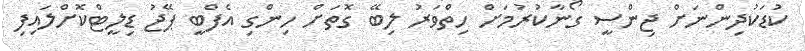
ކުޑަކުދިންނަށް ޖިންސީ ގޯނާކުރުމަށް ހިތްވަރު ލިބޭ ގޮތަށް ހިންގި އެފްބީ ޕޭޖު ޑިލީޓްކޮށްލައިފި